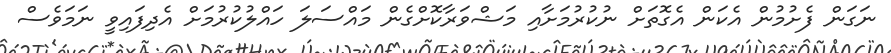
ނަގަން ފެށުމުން އެކަން އެގޮތަށް ނުކުރުމަށާއި މަޝްވަރާކޮށްގެން މައްސަލަ ހައްލުކުރުމަށް އެދިފައިވީ ނަމަވެސް